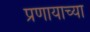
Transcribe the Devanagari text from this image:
प्रणायाच्या